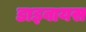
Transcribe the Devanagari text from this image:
डाइबायस